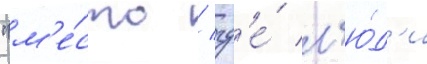
"м'е́сто / гд'е́ л'ю́д'и